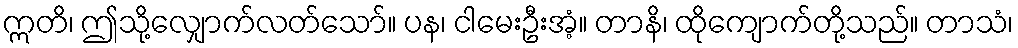
ဣတိ၊ ဤသို့လျှောက်လတ်သော်။ ပန၊ ငါမေးဦးအံ့။ တာနိ၊ ထိုကျောက်တို့သည်။ တာသံ၊